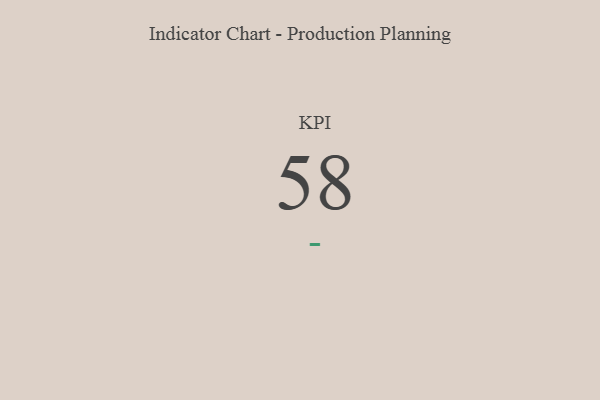
{"axis": {"x": "KPI", "y": "Value"}, "legend": [""], "data": [{"x": "KPI", "y": 58, "type": ""}]}